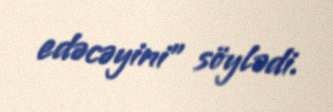
edəcəyini" söylədi.